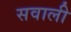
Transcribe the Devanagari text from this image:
सवाली